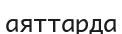
аяттарда